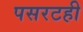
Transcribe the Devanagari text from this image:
पसरटही